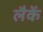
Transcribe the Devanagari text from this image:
लैकें